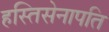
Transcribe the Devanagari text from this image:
हस्तिसेनापति